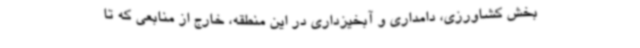
بخش کشاورزی، دامداری و آبخیزداری در این منطقه، خارج از منابعی که تا